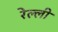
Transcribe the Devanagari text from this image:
रेल्ली